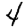
Digit: 4